Annual report of the Civil Veterinary Department, Bengal, for the year 1895-96 - 1895-1896
Year: 1895
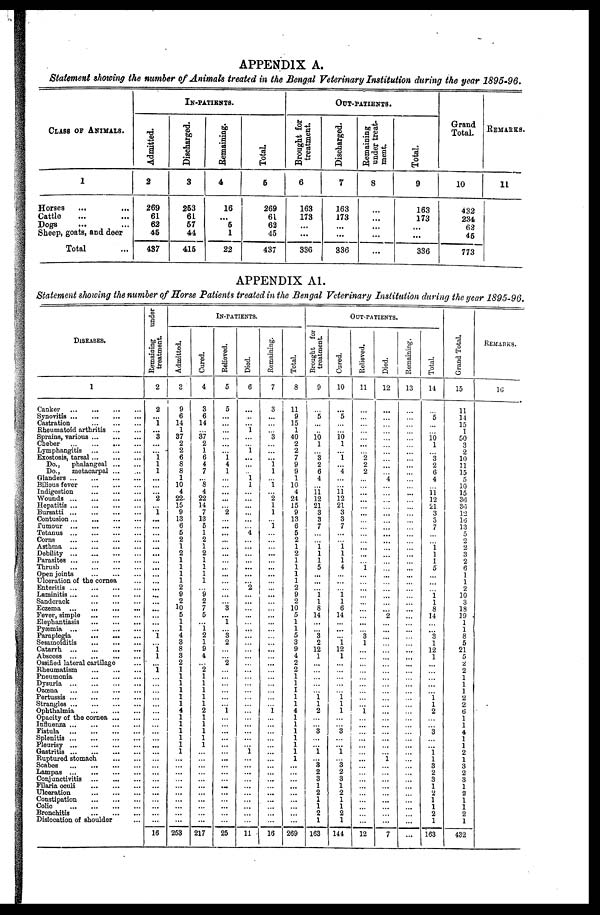
APPENDIX A.
Statement showing the number of Animals treated in the Bengal Veterinary Institution during the year 1895-96.
CLASS OF ANIMALS.
1
Horses ... ...
Cattle ... ...
Dogs
...
...
Sheep, goats, and deer
Total ...
Admitted.
2
269
61
62
46
437
IN-PATIENTS.
Discharged.
3
253
61
57
44
415
Remaining.
4
16
...
5
1
22
Total.
6
269
61
62
45
437
Brought for
treatment
6
163
173
...
...
336
0UT-PATIENTs.
Discharged.
7
163
173
...
...
336
Remaining
under treat-
ment.
8
...
...
...
...
...
Total.
9
163
173
...
...
336
Grand
Total.
10
432
234
62
45
773
REMARKS.
11
APPENDIX Al.
Statement showing the number of Horse Patients treated in the Bengal Veterinary Institution during the year 1895-96.
DISEASES.
1
Canker
...
...
...
...
Synovitis
...
...
...
...
Castration ... ... ...
Rheumatoid arthritis ... ... ...
Sprains, various
...
...
...
Cbeber
...
...
...
...
Lymphangitis
...
...
...
Exostosis, tarsal
...
...
...
Do.,
phalangeal
...
...
Do.,
metacarpal ... ...
Glanders
...
...
...
...
Bilious fever
...
...
...
Indigestion
...
...
...
Wounds
...
...
...
...
Hepatitis
...
...
...
...
Bursatti
...
...
...
...
Contusion
...
...
...
...
Tumour
...
...
...
...
Tetanus
...
...
...
...
Corns
...
...
...
...
Asthma ... ... ... ...
Debility
...
...
...
...
Parasites
...
...
...
...
Thrush
...
...
...
...
Open joints
...
...
...
Ulceration of the cornea ...
Enteritis
...
...
...
...
Laminitis
...
...
...
...
Sandcrack
...
...
...
Eczema
...
...
...
...
Fever, simple
...
...
...
Elephantiasis
...
...
...
Pycemia
...
...
...
...
Paraplegia
...
...
...
Sesamoiditis
...
...
...
Catarrh
...
...
...
...
Abscoss
...
...
...
...
Ossified lateral cartilage ...
Rheumatism
...
...
...
Pneumonia
...
...
...
Dysuria
...
...
...
...
Ozcena
...
...
...
...
Pertussis
...
...
...
...
Strangles
...
...
...
...
Ophthalmia
...
...
...
Opacity of the cornea ... ...
Influenza
...
...
...
...
Fistula
...
...
...
...
Splenitis
...
...
...
...
Pleurisy
...
...
...
...
Gastritis
...
...
...
...
Ruptured stomach ... ...
Scabes ... ... ... ...
Lampas
...
...
...
...
Conjunctivitis ... ... ... .
Filaria oculi ... ... ...
Ulceration ... ... ...
Constipation ... ... ...
Colic ... ... ... ...
Bronchitis ... ... ...
Dislocation of shoulder ...
Remaining
under
treatment.
2
2
...
1
...
3
...
...
1
1
1
...
...
...
2
...
...
...
...
...
...
...
...
...
...
...
...
...
...
...
...
...
...
...
...
...
... ...
...
...
...
...
...
...
...
...
...
...
...
...
...
...
... ...
...
...
...
...
...
...
...
16
Admitted.
3
9
6
14
1
37
2
2
6
8
8
1
10
4
22
15
9
13
6
5
2
1
2
1
1
1
1
2
9
2
10
5
1
1
4
3
8
3
2
1
1
1
1
1
1
4
1
1
1
1
1
1
...
... ...
...
...
...
...
...
...
...
253
Cured.
4
3
6
14
... 37
2
1
6
4
7
... 8
4
22
14
7
13
5
1
2
1
2
1
1
1
1
... 9
2
7
5
...
1
2
1
9
4
...
2
1
1
1
1
1
2
1
1
1
1
1
...
... ...
...
...
...
...
...
...
...
217
IN- PATIENTS
Relieved.
5
5
...
...
...
...
...
...
... 4
1
...
...
...
...
... 2
...
...
...
...
...
...
...
...
...
...
...
...
... 3
...
1
... 3
2
...
...
...
...
...
...
...
...
...
...
...
...
...
...
...
...
...
...
...
...
...
...
...
...
...
25
Died.
6
...
...
...
...
...
...
...
...
...
... ...
...
...
...
...
...
...
... 4
...
...
...
...
...
...
... 2
...
...
...
...
...
...
...
...
...
...
...
...
...
...
...
...
...
...
...
...
...
...
1
...
... ...
...
...
...
...
...
...
...
11
Remaining.
7
3
...
...
... 3
...
...
...
1 1
...
1
... 2
1
1
... 1
...
...
...
...
...
...
...
...
...
...
...
...
...
...
...
...
...
...
...
...
...
...
...
...
...
... 1
...
...
...
...
...
...
... ...
...
...
...
...
...
...
...
16
Total.
8
11
9
15
1
40
2
2
7
9
9
1
10
4
24
15
9
13
6
5
2
1
2
1
1
1
1
2
9
2
10
5
1
1
5
3
9
4
2
2
1
1
I
1
1
4
1
1
1
1
1
1
1
...
...
...
...
...
...
...
...
...
269
Brought for
treatment
9
...
5
...
... 10
1
...
3 2
6
4
...
1
12
21
3
3
7
...
...
1 1
1
5
...
...
...
1 1
8
14
...
... 3
2
12
1
...
...
...
...
...
1 1
2
...
... 3
...
1
...
8 2
3
1
2
1
1
2
1
163
OUT-PATIENTS.
Cured.
10
...
5
...
...
10 1
...
...
... 4
...
...
11 12
21
3
3
7
...
...
1 1
1
4
...
...
...
1 1
6
14
...
...
...
1
12
1
...
...
...
...
...
1 1
1
...
...
3
...
...
...
3 2
3
1
2
1
1
2
1
144
Relieved.
11
...
...
...
...
...
...
... 2
2
2
...
...
...
...
...
...
...
...
...
...
...
...
... 1
...
...
...
...
...
...
...
...
...
3
1
...
...
...
...
...
...
...
...
...
1
...
...
...
...
...
...
...
...
...
...
...
...
...
...
...
12
Died.
12
...
...
...
...
...
...
...
...
...
... 4
...
...
...
...
...
...
...
...
...
...
...
...
...
...
...
...
...
...
... 2
...
...
...
...
...
...
...
...
...
...
...
...
...
...
...
...
...
...
...
1
...
...
...
...
...
...
...
...
...
7
Remaining.
13
...
...
...
...
...
...
...
...
...
...
...
...
...
...
...
...
...
...
...
...
...
...
...
...
...
...
...
...
...
...
...
...
...
...
...
...
...
...
...
...
...
...
...
...
...
...
...
...
...
...
...
... ...
...
...
...
...
...
...
...
...
Total.
14
...
5
...
...
10 1
... 3
2
6
4
...
11 12
21
3
5
7
...
...
... 1
1
5
...
...
...
1 1
8
14
...
... 3
1
12
1
...
...
...
...
...
1 1
2
...
... 3
...
...
1 1
3
2
3
1
2
1
1
2
1
163
Grand Total.
15
11
14
15
1
50
3
2
10
11
15
5
10
15
36
36
12
16
13
5
2
2
3
2
6
1
1
2
10
3
13
19
1
1
8
5
21
5
2
2
1
1
1
2
2
6
1
1
4
1
1
2
1
3
2
3
1
2
1
1
2
1
432
REMARKS.
16